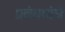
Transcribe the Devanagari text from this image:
प्रबंधमांचे